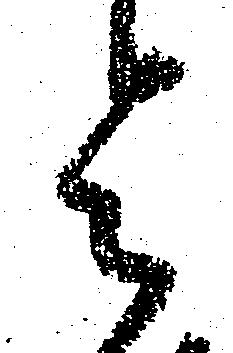
令